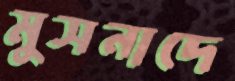
মুসনাদে